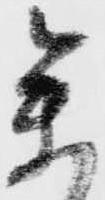
参